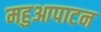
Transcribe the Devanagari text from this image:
महुआपाटन